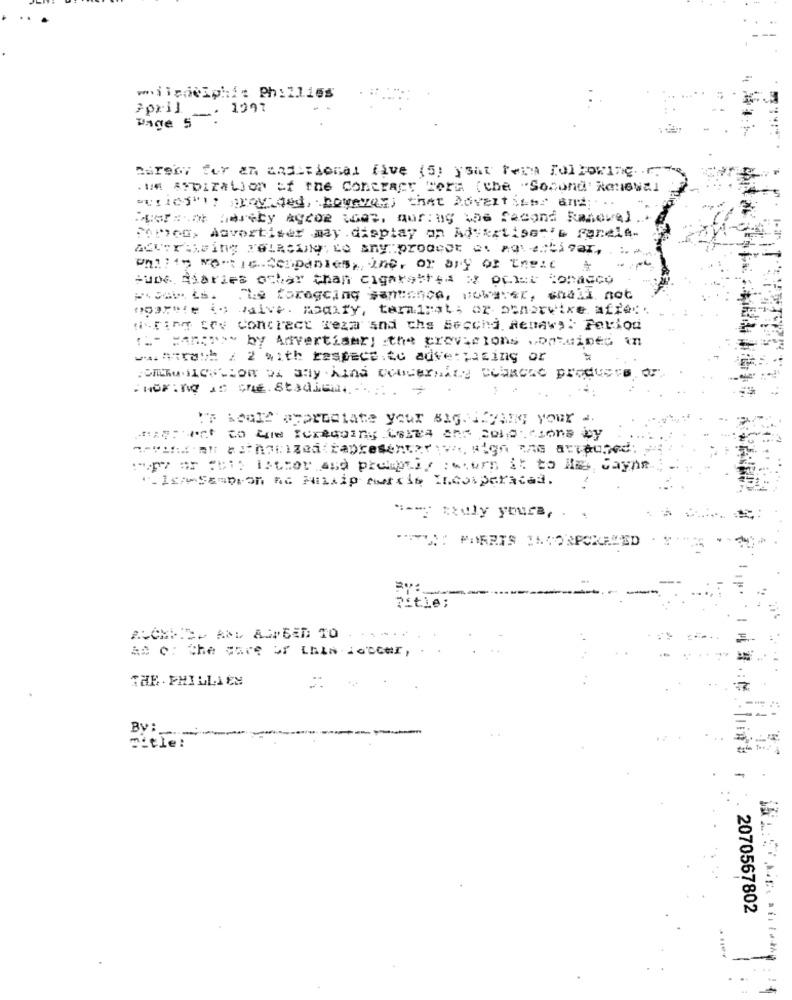
viicdeSphie Phi11165
>pril.
-. 1997
Page 5
nareby fer an and tional five (5) ysat Feita following. ...
.un syDization of the Contract were (che "Socond' Renewal
Para of Carety AgeOR was, during the Second Ranoval
Forseg, Aavertiser may. display an Advertise"'s Fanele-
AuDe Maries ochar chan cigarettes a polar Condeco
Poper Lb. ua torageing santance, However, shall not
poprote io daive. naity, temalrat, or otherwise affe
wiring tov Contract reza and the Second Renaw): Perion
" .- Han;"> by Anvertiser) :the grovecions contained in
ww. Atrash / 2 with respect to advertising or
.SETUHICULEOR DA SAY Aina DOUGErNALE CLERCRe produces
I'm Acall appreciate your BAGNACYARG your a.
magert to the Bonegoing Cale's and cold cions by
·_ IsAmSempron AG Millip nuttis Ineoperaces.
" --- pauly youra, . .
Atle :
== c: the wave of LAIN JonGer,
THE . PHILLIES
By:
Title:
2070567802